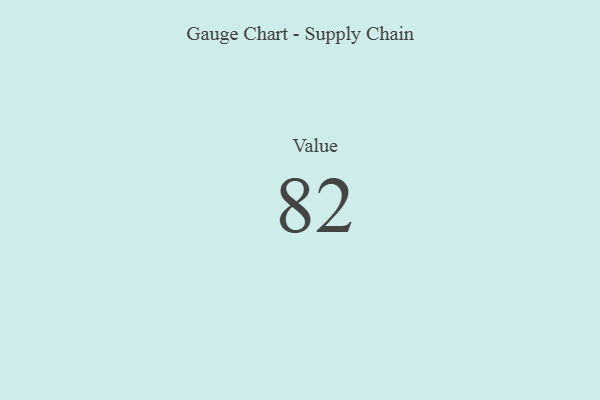
{"axis": {"x": "Metric", "y": "Value"}, "legend": [""], "data": [{"x": "Value", "y": 82, "type": ""}]}